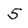
Character: 5